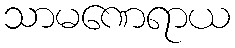
သာမဏေရာယ